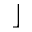
\rfloor